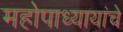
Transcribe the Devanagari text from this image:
महोपाध्यायांचे